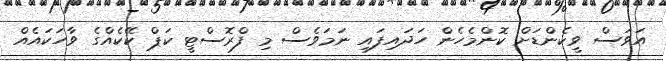
އަވަސް ވީކެންޑަށް ކޮންމެހެން ހަދައިފައި ނަމަވެސް މި ފްރޮސްޓީ ކަޕް ކޭކެއްގެ ވާހަކައެއް